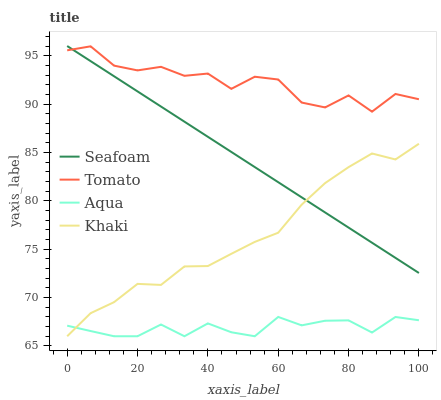
| xaxis_label | Seafoam | Tomato | Aqua | Khaki |
 | --- | --- | --- | --- | --- |
 | 0 | 96 | 95.6 | 67.1 | 66 |
 | 6.67 | 94.4 | 96 | 66.5 | 68.4 |
 | 13.3 | 92.9 | 94 | 66 | 69.5 |
 | 20 | 91.3 | 93.5 | 66 | 71.4 |
 | 26.7 | 89.7 | 93.8 | 67.2 | 71.3 |
 | 33.3 | 88.2 | 92.9 | 66 | 73.2 |
 | 40 | 86.6 | 93.2 | 67.3 | 73.3 |
 | 46.7 | 85.1 | 91.6 | 66.4 | 74.5 |
 | 53.3 | 83.5 | 92.8 | 66 | 75.8 |
 | 60 | 81.9 | 92.5 | 68 | 76.7 |
 | 66.7 | 80.4 | 90.2 | 67.1 | 79.6 |
 | 73.3 | 78.8 | 89.7 | 67.6 | 81.8 |
 | 80 | 77.2 | 90.9 | 67.6 | 83.5 |
 | 86.7 | 75.7 | 89.2 | 66.4 | 84.9 |
 | 93.3 | 74.1 | 91 | 68 | 84.3 |
 | 100 | 72.5 | 90.5 | 67.7 | 85.9 |